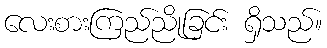
လေးစားကြည်ညိုခြင်း ရှိသည်။